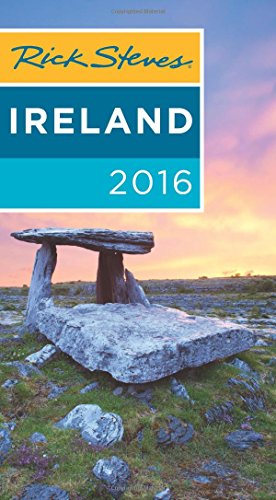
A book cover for Rick Steves Ireland 2016; Rick Steves; Travel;